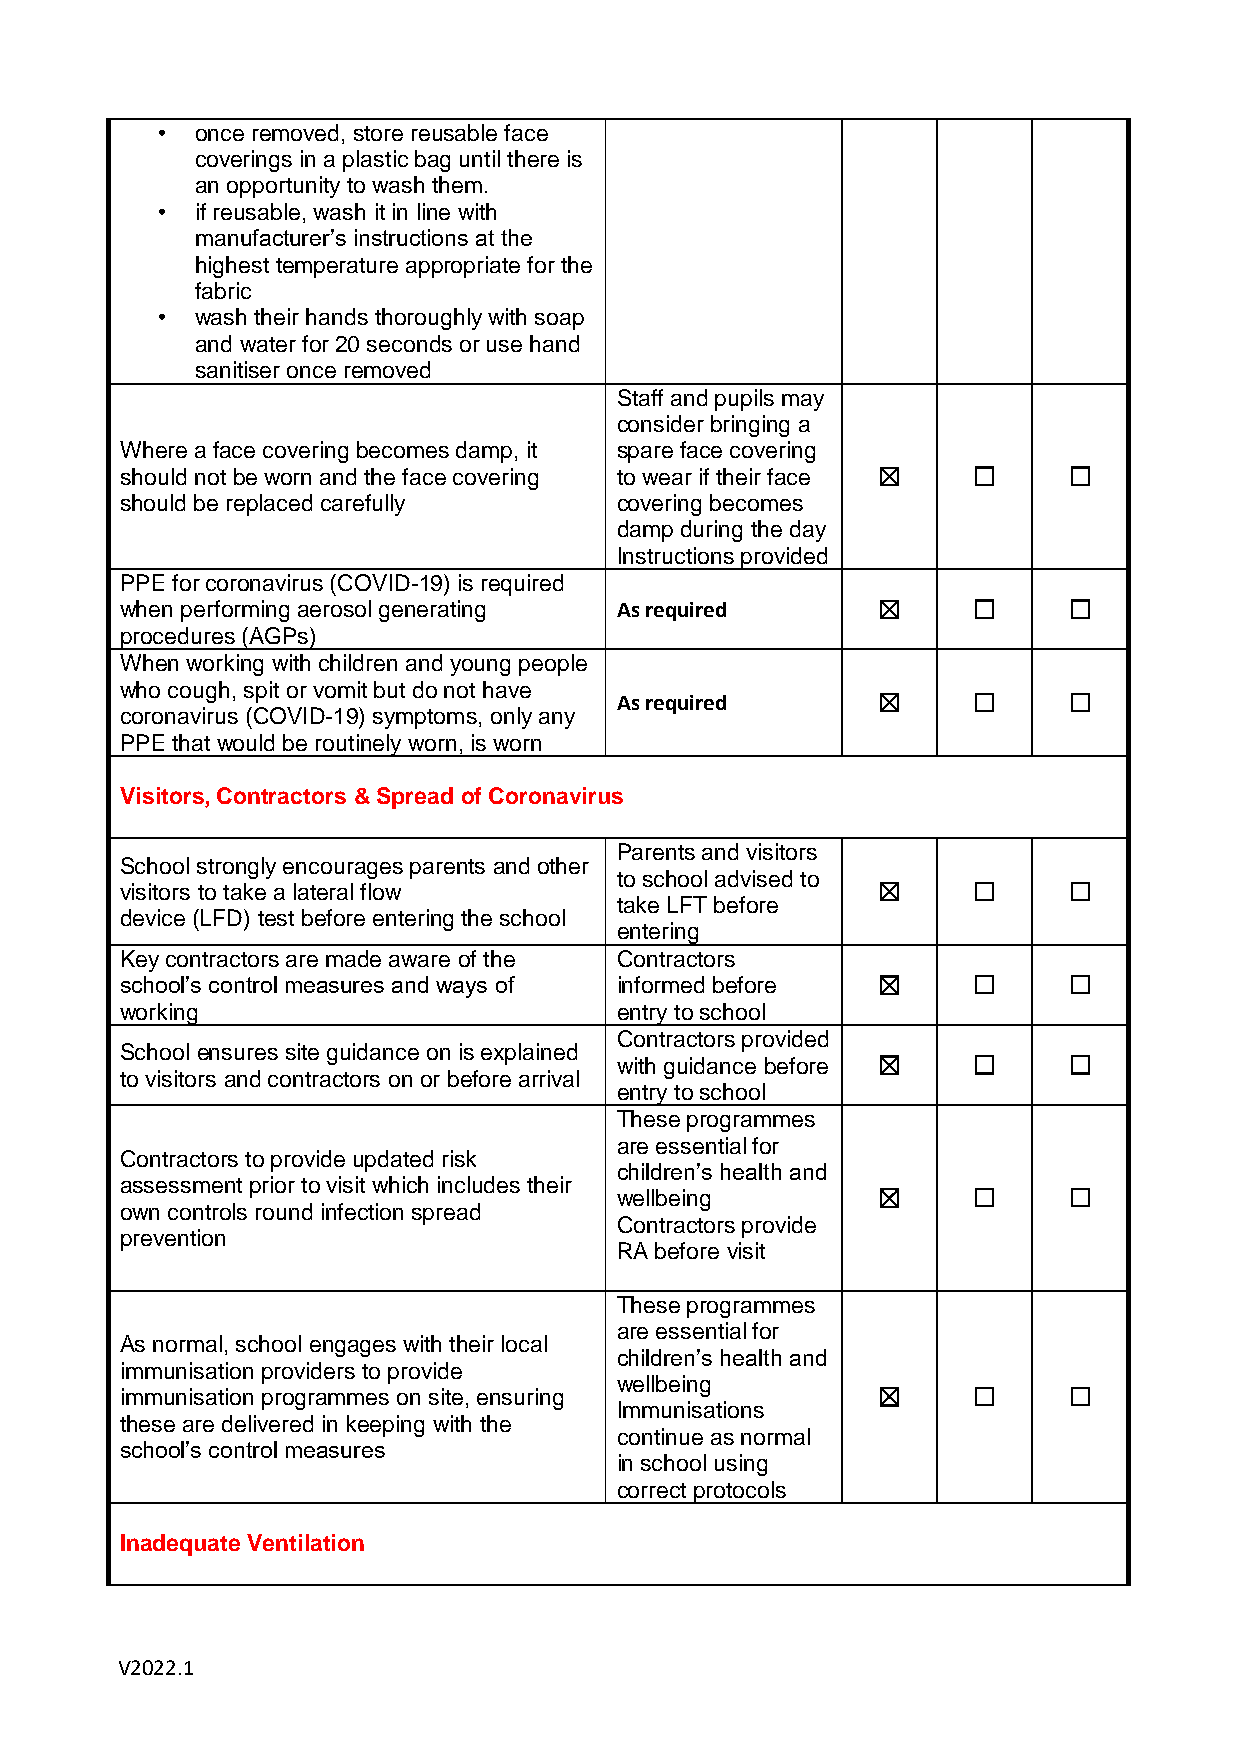
•  once removed, store reusable face
 coverings in a plastic bag until there is
 an opportunity to wash them.
 •  if reusable, wash it in line with
 manufacturer’s instructions at the
 highest temperature appropriate for the
 fabric
 •  wash their hands thoroughly with soap
 and water for 20 seconds or use hand
 sanitiser once removed
 Staff and pupils may
 consider bringing a
 Where a face covering becomes damp, it spare face covering
 should not be worn and the face covering to wear if their face ☒ ☐ ☐
 should be replaced carefully     covering becomes
 damp during the day
 Instructions provided
 PPE for coronavirus (COVID-19) is required
 when performing aerosol generating As required    ☒     ☐      ☐
 procedures (AGPs)
 When working with children and young people
 who cough, spit or vomit but do not have
 As required      ☒     ☐      ☐
 coronavirus (COVID-19) symptoms, only any
 PPE that would be routinely worn, is worn
 Visitors, Contractors & Spread of Coronavirus
 Parents and visitors
 School strongly encourages parents and other
 to school advised to
 visitors to take a lateral flow                   ☒     ☐      ☐
 take LFT before
 device (LFD) test before entering the school
 entering
 Key contractors are made aware of the Contractors
 school’s control measures and ways of informed before ☒ ☐      ☐
 working                          entry to school
 Contractors provided
 School ensures site guidance on is explained
 with guidance before ☒ ☐      ☐
 to visitors and contractors on or before arrival
 entry to school
 These programmes
 are essential for
 Contractors to provide updated risk
 children’s health and
 assessment prior to visit which includes their
 wellbeing        ☒     ☐      ☐
 own controls round infection spread
 Contractors provide
 prevention
 RA before visit
 These programmes
 are essential for
 As normal, school engages with their local
 children’s health and
 immunisation providers to provide
 wellbeing
 immunisation programmes on site, ensuring         ☒     ☐      ☐
 Immunisations
 these are delivered in keeping with the
 continue as normal
 school’s control measures
 in school using
 correct protocols
 Inadequate Ventilation
 V2022.1